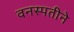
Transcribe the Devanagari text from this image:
वनस्पतीने